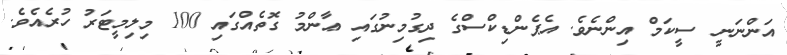
އަންނަނީ ސީކަމް އިންނެވެ. އެޕެންޑިކްސްގެ ދިގުމިނުގައި ޢާންމު ގޮތެއްގައި 100 މިލިމީޓަރު ހުރެއެވެ.